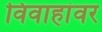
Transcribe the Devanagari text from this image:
विवाहांवर